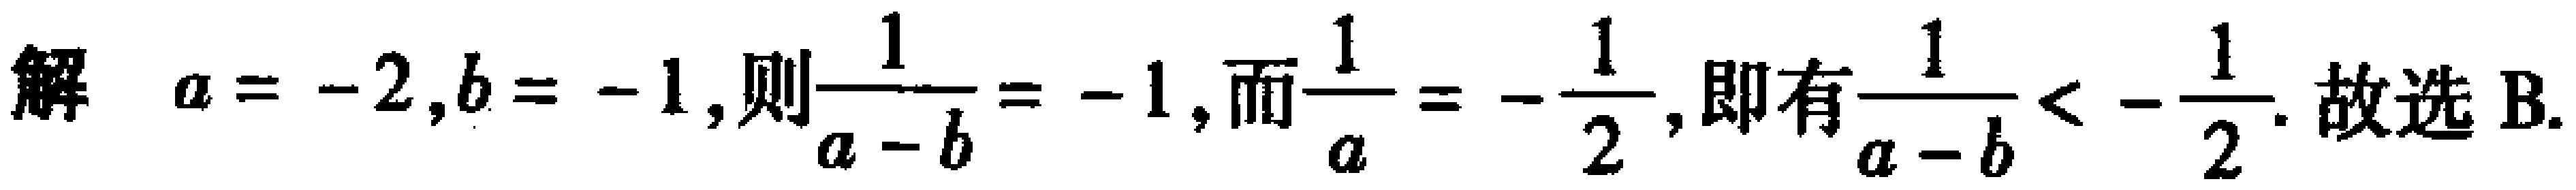
解 \(a = -2,b = -1\), 则\(\dfrac{1}{a - b} = -1\), 而\(\dfrac{1}{a}=-\dfrac{1}{2}\), 即有\(\dfrac{1}{a - b}<-\dfrac{1}{2}\). 故选B.